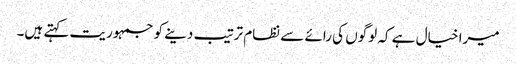
میرا خیال ہے کہ لوگوں کی رائے سے نظام ترتیب دینے کو جمہوریت کہتے ہیں۔